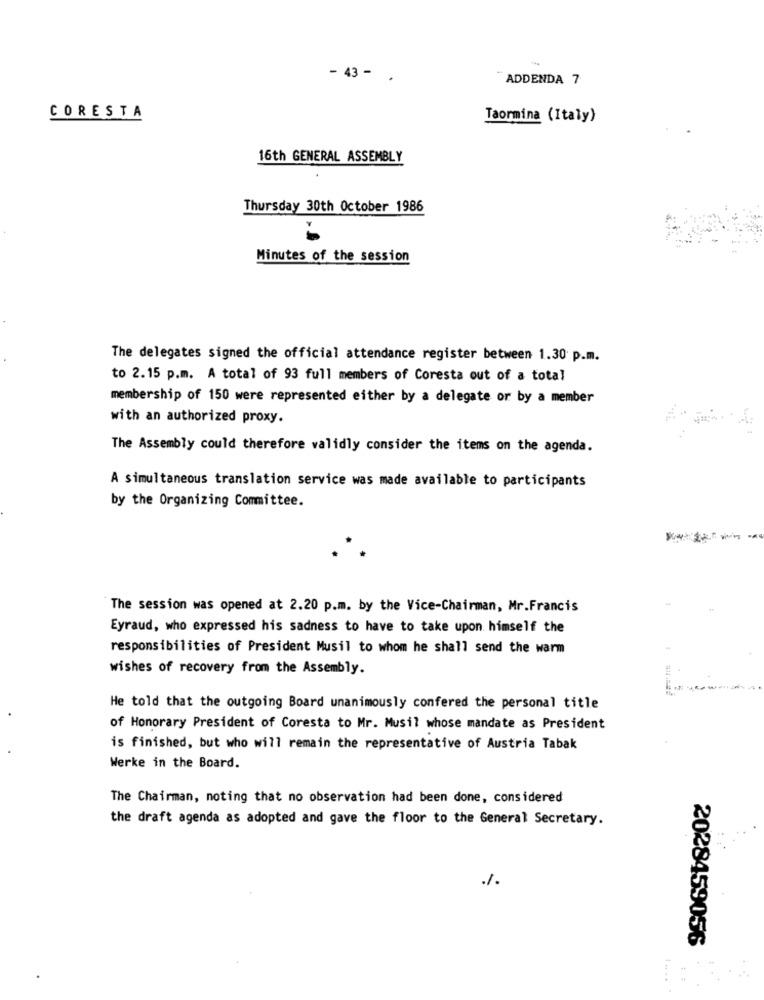
- 43 - .
ADDENDA 7
CORESTA
Taormina (Italy)
16th GENERAL ASSEMBLY
Thursday 30th October 1986
Minutes of the session
The delegates signed the official attendance register between 1.30 p.m.
to 2.15 p.m. A total of 93 full members of Coresta out of a total
membership of 150 were represented either by a delegate or by a member
with an authorized proxy.
The Assembly could therefore validly consider the items on the agenda.
A simultaneous translation service was made available to participants
by the Organizing Committee.
The session was opened at 2.20 p.m. by the Vice-Chairman, Mr.Francis
Eyraud, who expressed his sadness to have to take upon himself the
responsibilities of President Musil to whom he shall send the warm
wishes of recovery from the Assembly.
He told that the outgoing Board unanimously confered the personal title
of Honorary President of Coresta to Mr. Musil whose mandate as President
is finished, but who will remain the representative of Austria Tabak
Werke in the Board.
The Chairman, noting that no observation had been done, considered
the draft agenda as adopted and gave the floor to the General Secretary.
/.
2028459056